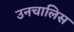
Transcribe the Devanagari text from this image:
उनचालिस